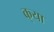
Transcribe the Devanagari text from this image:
क्‌या